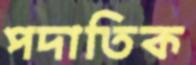
পদাতিক